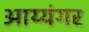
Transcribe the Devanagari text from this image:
अाय्यंगर